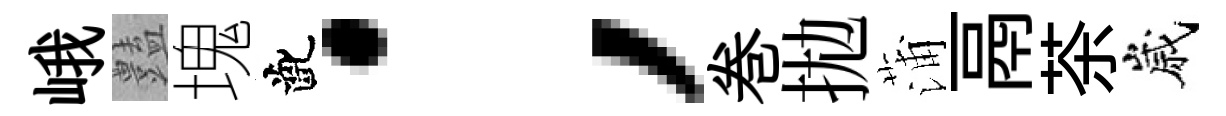
峨𧰟塊齔；巻拋蒲鬲茶嵗